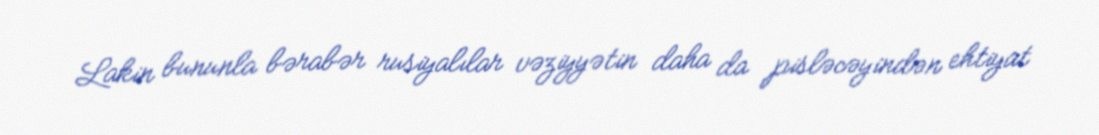
Lakin bununla bərabər rusiyalılar vəziyyətin daha da pisləcəyindən ehtiyat